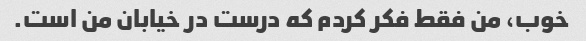
خوب، من فقط فکر کردم که درست در خیابان من است.